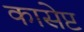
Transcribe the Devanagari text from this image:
कासेप्ट